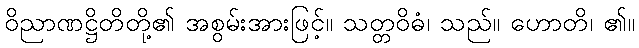
ဝိညာဏဋ္ဌိတိတို့၏ အစွမ်းအားဖြင့်။ သတ္တဝိဓံ၊ သည်။ ဟောတိ၊ ၏။